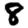
Digit: 8